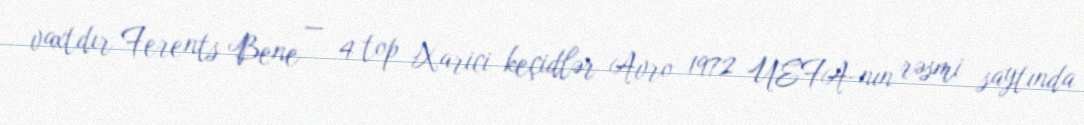
vaxtdır Ferents Bene — 4 top Xarici keçidlər Avro 1972 UEFA-nın rəsmi saytında